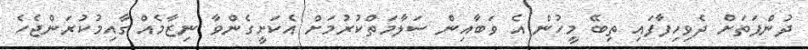
ދުންފަތަށް ދެވިހިފާފައި ތިބޭ މީހުން އެ ވަބާއިން ސަލާމަތްކުރުމަށް އެކަށީގެންވާ ނިޒާމެއް ގާއިމުކުރަންޖެހެ